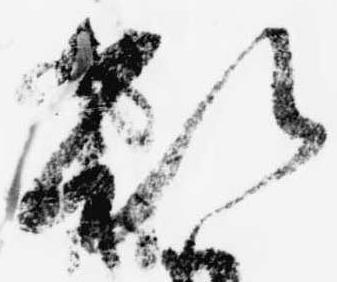
欲